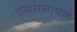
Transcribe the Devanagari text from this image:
डगमगापन